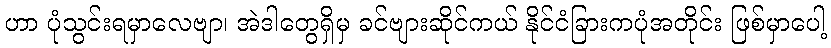
ဟာ ပုံသွင်းရမှာလေဗျာ၊ အဲဒါတွေရှိမှ ခင်ဗျားဆိုင်ကယ် နိုင်ငံခြားကပုံအတိုင်း ဖြစ်မှာပေါ့